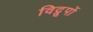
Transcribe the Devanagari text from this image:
विद्रूपों